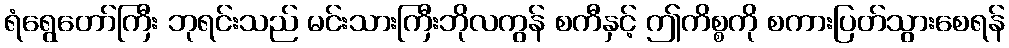
ရံရွေတော်ကြီး ဘုရင်းသည် မင်းသားကြီးဘိုလကွန် စကီနှင့် ဤကိစ္စကို စကားပြတ်သွားစေရန်